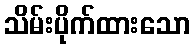
သိမ်းပိုက်ထားသော